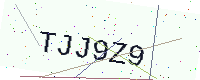
Text: TJJ9Z9